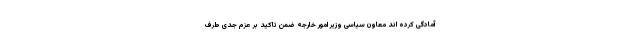
آمادگی کرده اند معاون سیاسی وزیر امور خارجه ضمن تاکید بر عزم جدی طرف